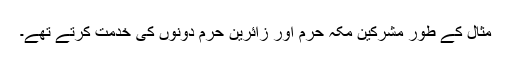
مثال کے طور مشرکین مکہ حرم اور زائرین حرم دونوں کی خدمت کرتے تھے۔